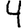
Digit: 4